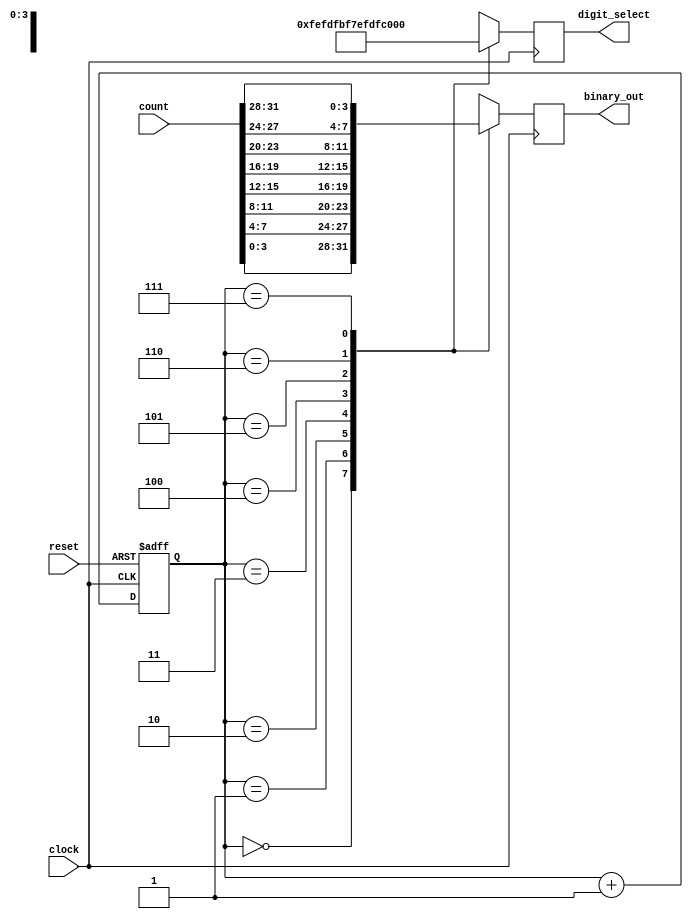
`timescale 1ns / 1ps
//////////////////////////////////////////////////////////////////////////////////
// Company: 
// Engineer: 
// 
// Design Name: 
// Module Name: display_control
// Project Name: 
// Target Devices: 
// Tool Versions: 
// Description: 
// 
// Dependencies: 
// 
// Revision:
// Revision 0.01 - File Created
// Additional Comments:
// 
//////////////////////////////////////////////////////////////////////////////////

module display_control(clock, count, reset, digit_select, binary_out);
  input [31:0] count;
  input clock, reset;
  output reg [3:0] binary_out;
  output reg [7:0] digit_select; //Made this 8 bit to turn off the other four displays
  reg [2:0] select = 3'b000;
  
  //Counter behavoiral implementation
  always @(posedge clock or posedge reset) begin
    if (reset)
        select = 3'b00;
    else
        select = select + 1'b1;
  end

  //MUX behavoiral implementation
  always @(posedge clock) begin
    case (select)
      3'b000: begin
        digit_select <= 8'b11111110;
        binary_out <= count[3:0];
        end
      3'b001: begin
        digit_select <= 8'b11111101;
        binary_out <= count[7:4];
        end
      3'b010: begin
        digit_select <= 8'b11111011;
        binary_out <= count[11:8];
        end
      3'b011: begin
        digit_select <= 8'b11110111;
        binary_out <= count[15:12];
        end
        3'b100: begin
        digit_select <= 8'b11101111;
        binary_out <= count[19:16];
        end
      3'b101: begin
        digit_select <= 8'b11011111;
        binary_out <= count[23:20];
        end
      3'b110: begin
        digit_select <= 8'b10111111;
        binary_out <= count[27:24];
        end
      3'b111: begin
        digit_select <= 8'b01111111;
        binary_out <= count[31:28];
        end
       
    endcase
  end

endmodule